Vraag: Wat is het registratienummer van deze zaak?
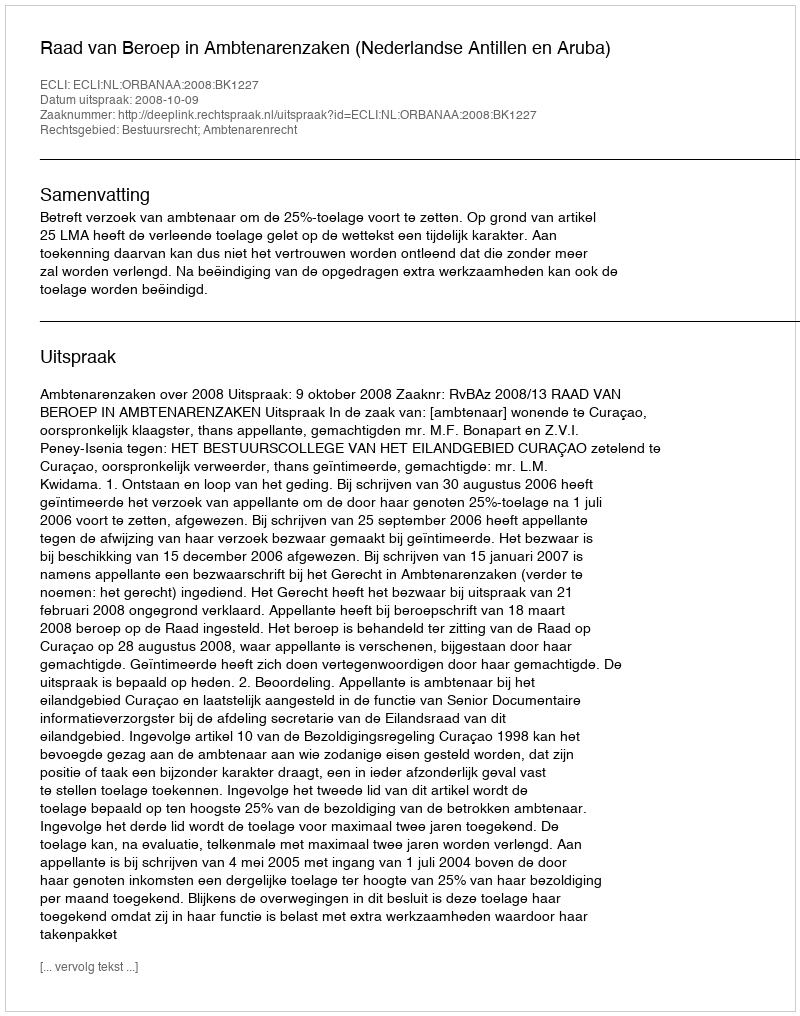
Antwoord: http://deeplink.rechtspraak.nl/uitspraak?id=ECLI:NL:ORBANAA:2008:BK1227